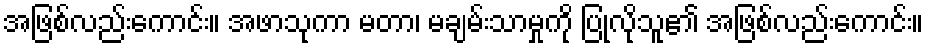
အဖြစ်လည်းကောင်း။ အဖာသုကာ မတာ၊ မချမ်းသာမှုကို ပြုလိုသူ၏ အဖြစ်လည်းကောင်း။